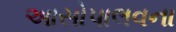
આસોપાલવના